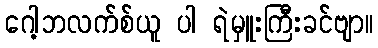
ဂေါ့ဘလက်စ်ယူ ပါ ရဲမှူးကြီးခင်ဗျာ။